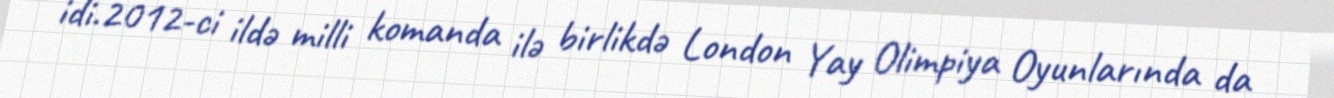
idi.2012-ci ildə milli komanda ilə birlikdə London Yay Olimpiya Oyunlarında da